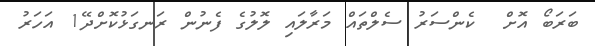
ބަރަބޯ އޮށް  ކެންސަރު ސެލްތައް މަރާލައި ލޮލުގެ ފެނުން ރަނގަޅުކޮށްދޭ1 އަހަރު